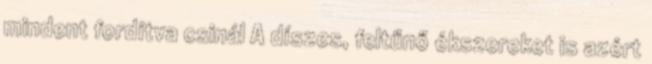
mindent fordítva csinál A díszes, feltűnő ékszereket is azért